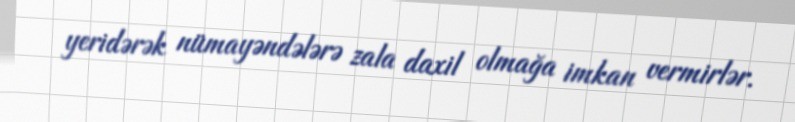
yeridərək nümayəndələrə zala daxil olmağa imkan vermirlər.